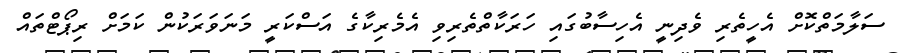
ސަލާމަތްކޮށް އެހީތެރި ވެދިނީ އެހިސާބުގައި ހަރަކާތްތެރިވި އެމެރިކާގެ އަސްކަރީ މަނަވަރަކުން ކަމަށް ރިޕޯޓްތައް